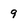
Character: 9